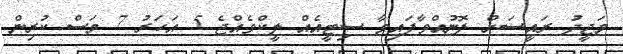
މަޖީދު ރައީސަށް ފޮނުއްވާފައިވާ ސިޓީއެއް ލީކްވެއްޖެ 5 އަހަރު 7 މަސް ކުރިން